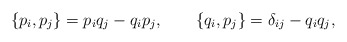
\begin{align*}\{p_i, p_j\} = p_i q_j - q_i p_j, \qquad \{q_i, p_j\} = \delta_{ij} - q_iq_j,\end{align*}